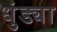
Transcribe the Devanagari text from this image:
धुंड्या